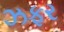
ઝફર